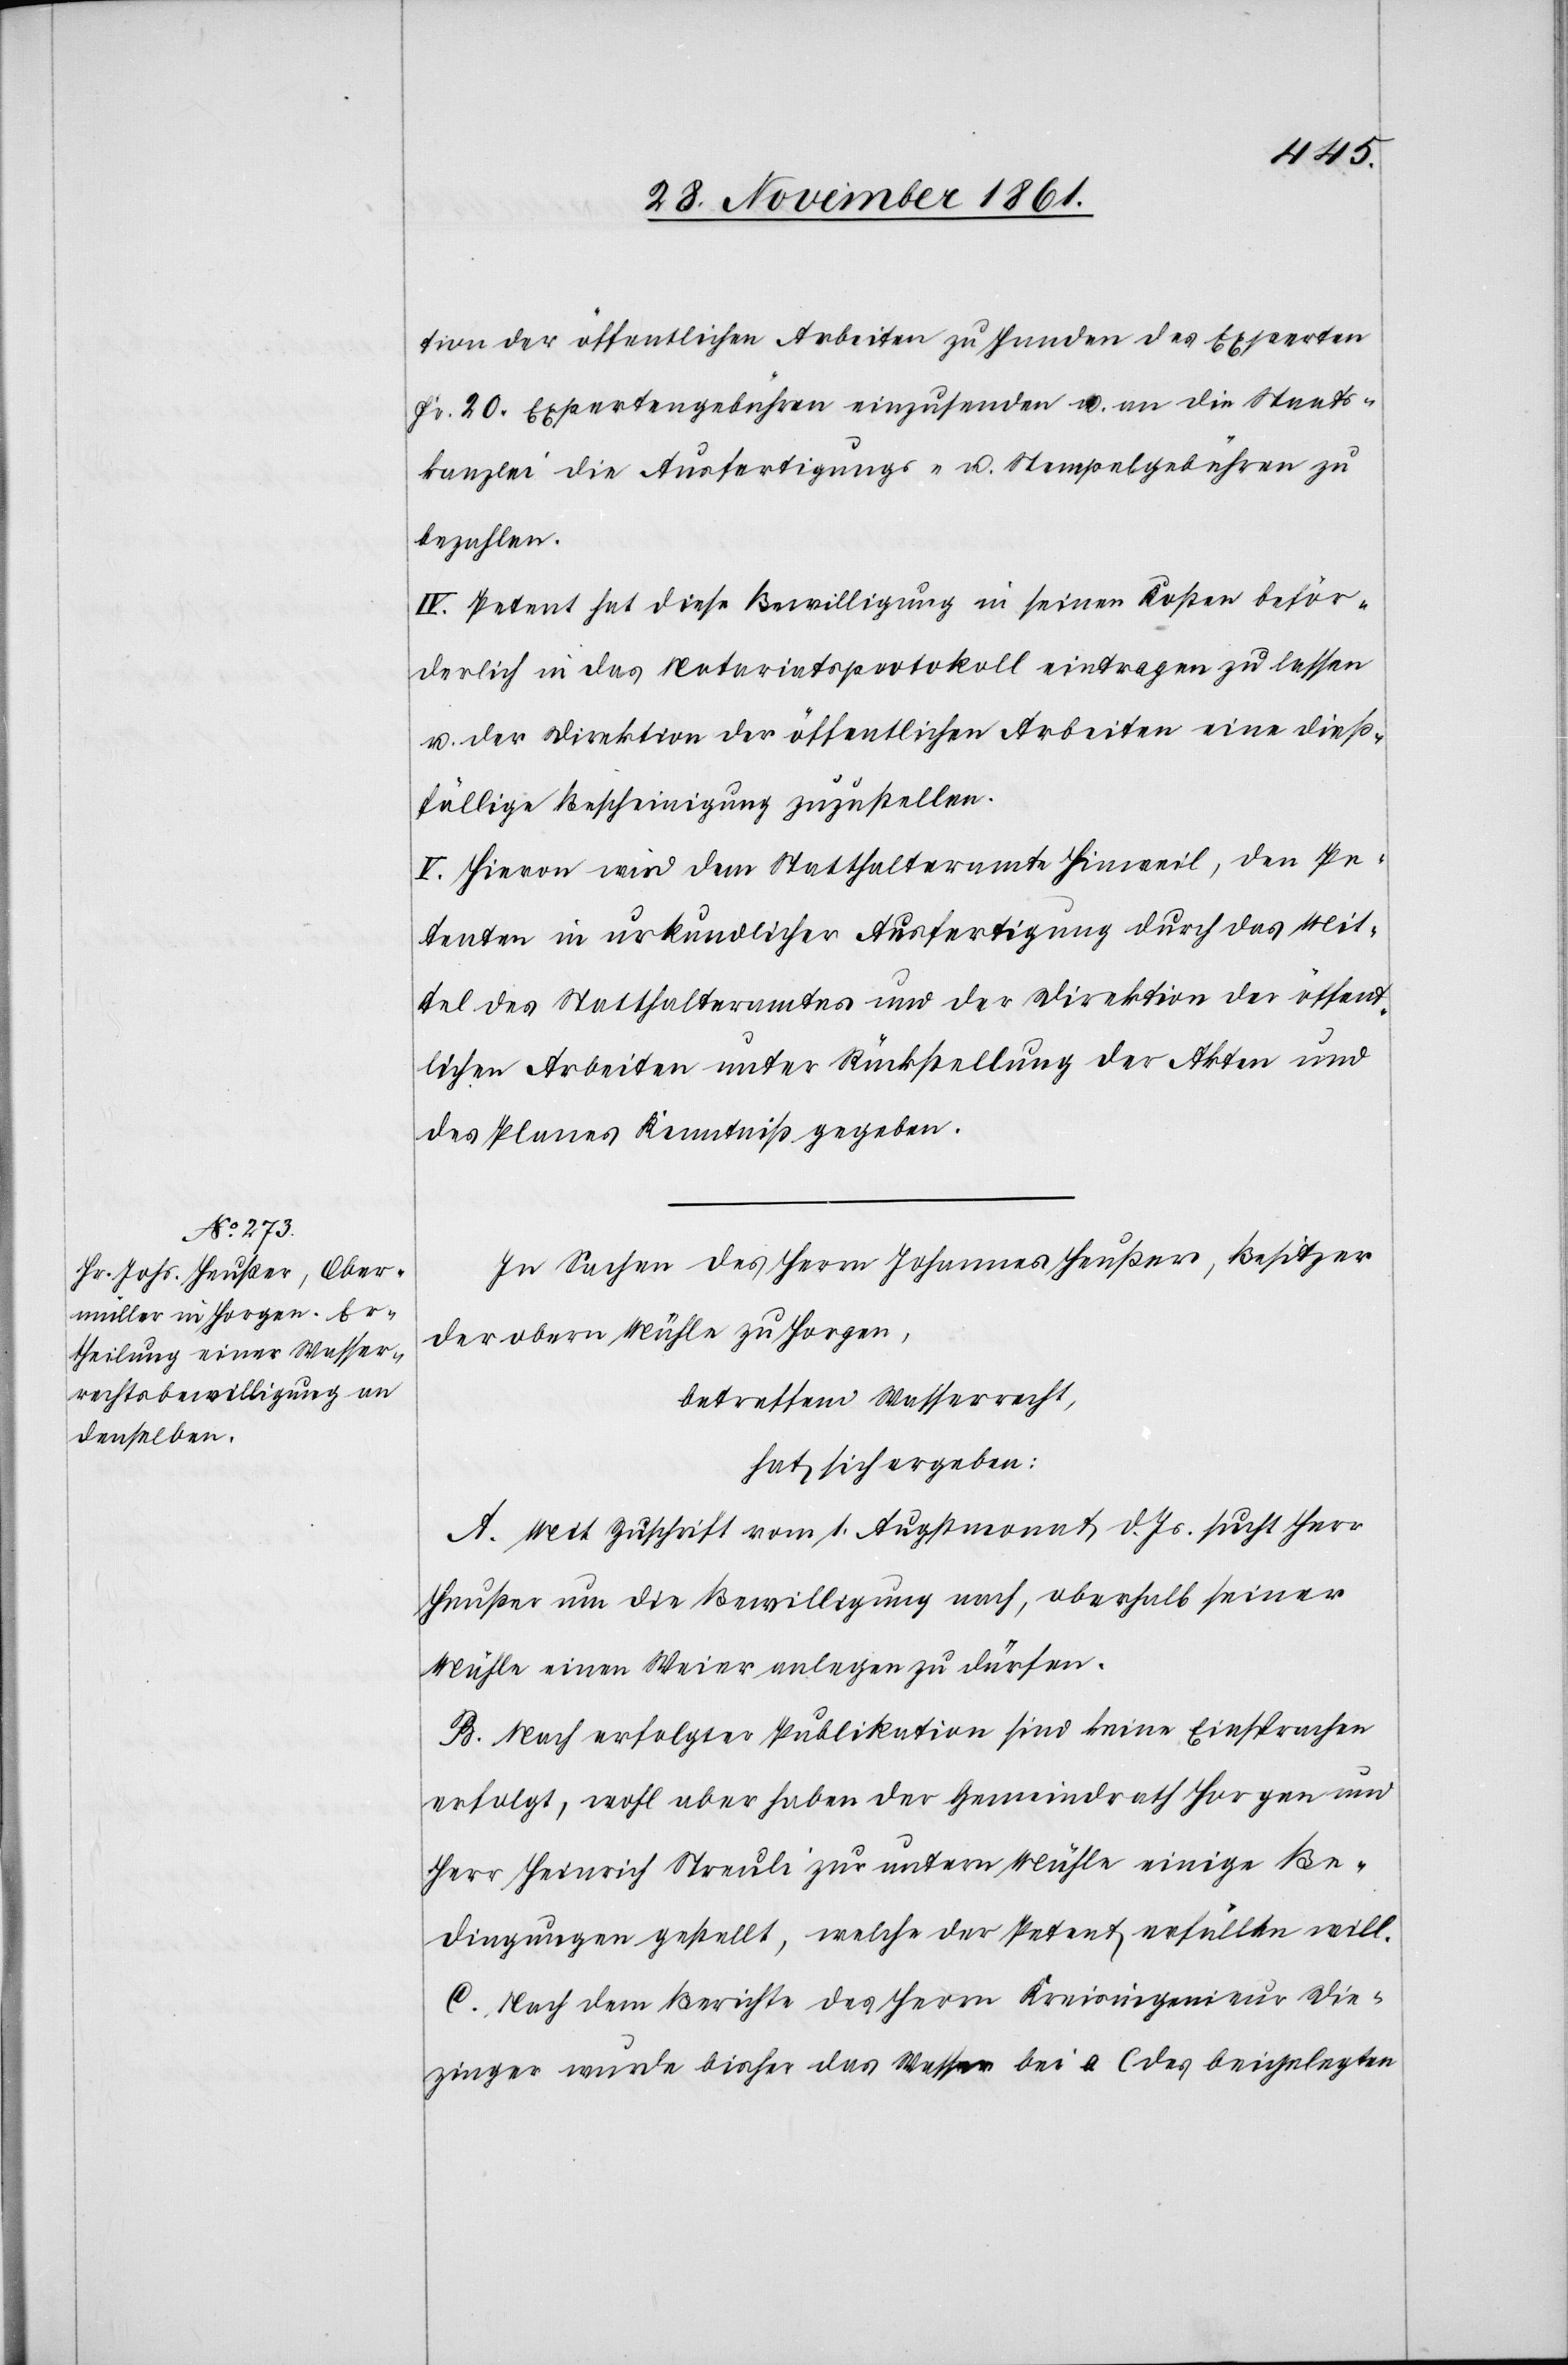
tion der öffentlichen Arbeiten zu Handen des Experten
Fr. 20 Expertengebühren einzusenden u. an die Staats¬
kanzlei die Ausfertigungs- u. Stempelgebühren zu
bezahlen.
IV. Petent hat diese Bewilligung in seinen Kosten beför¬
derlich in das Notariatsprotokoll eintragen zu lassen
u. der Direktion der öffentlichen Arbeiten eine dieß¬
fällige Bescheinigung zuzustellen.
V. Hievon wird dem Statthalteramte Hinweil, den Pe¬
tenten in urkundlicher Ausfertigung durch das Mit¬
tel des Statthalteramtes und der Direktion der öffent¬
lichen Arbeiten unter Rückstellung der Akten und
des Planes Kenntniß gegeben.
In Sachen des Herrn Johannes Heußer, Besitzer
der obern Mühle zu Horgen,
betreffend Wasserrecht,
hat sich ergeben:
A. Mit Zuschrift vom 1 Augstmonat d. Js. sucht Herr
Heußer um die Bewilligung nach, oberhalb seiner
Mühle einen Weier anlegen zu dürfen.
B. Nach erfolgter Publikation sind keine Einsprachen
erfolgt, wohl aber haben der Gemeindrath Horgen und
Herr Heinrich Streuli zur untern Mühle einige Be¬
dingungen gestellt, welche der Petent erfüllen will.
C. Nach dem Berichte des Herrn Kreisingenieur Die¬
zinger wurde bisher das Wasser bei a (des beigelegten